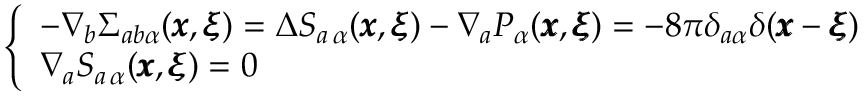
\left\{ \begin{array} { l l } { - \nabla _ { b } \Sigma _ { a b \alpha } ( { \pmb x } , { \pmb \xi } ) = \Delta S _ { a \, \alpha } ( { \pmb x } , { \pmb \xi } ) - \nabla _ { a } P _ { \alpha } ( { \pmb x } , { \pmb \xi } ) = - 8 \pi \delta _ { a \alpha } \delta ( { \pmb x } - { \pmb \xi } ) } \\ { \nabla _ { a } S _ { a \, \alpha } ( { \pmb x } , { \pmb \xi } ) = 0 } \end{array} \right.